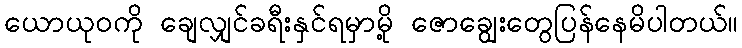
ယောယုဝကို ချေလျှင်ခရီးနှင်ရမှာမို့ ဇောချွေးတွေပြန်နေမိပါတယ်။